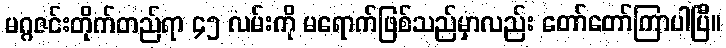
မဂ္ဂဇင်းတိုက်တည်ရာ ၄၅ လမ်းကို မရောက်ဖြစ်သည်မှာလည်း တော်တော်ကြာပါပြီ။